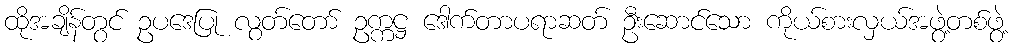
ထိုအချိန်တွင် ဥပဒေပြု လွတ်တော် ဥက္ကဋ္ဌ ဒေါက်တာပရာဆတ် ဦးဆောင်သော ကိုယ်စားလှယ်အဖွဲ့တစ်ဖွဲ့